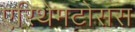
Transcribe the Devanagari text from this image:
एरिथेमटोसस